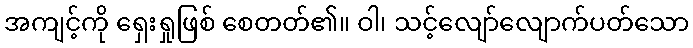
အကျင့်ကို ရှေးရှုဖြစ် စေတတ်၏။ ဝါ၊ သင့်လျော်လျောက်ပတ်သော